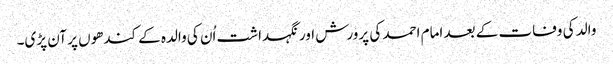
والد کی وفات کے بعد امام احمد کی پرورش اور نگہداشت اُن کی والدہ کے کندھوں پر آن پڑی۔